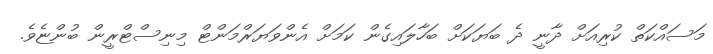
މަސައްކަތް ކުރިއަށް ދާނީ ދެ ބަޔަކަށް ބަހާލައިގެން ކަމަށް އެންވަޔަރްމަންޓް މިނިސްޓްރީން ބުންޏެވެ.